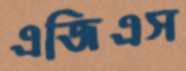
এজিএস